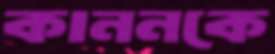
কাননকে